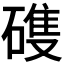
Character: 𮀺